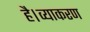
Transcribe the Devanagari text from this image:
है।व्याकरण